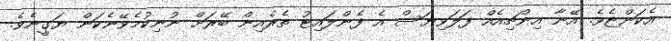
އެކަންޏެވެ. އޭނާ އިންޗިއެއް ފަލަވިޔަސް އެ ފެންލައިޓު ތެރެއިން ބޭރަށް ނުނިކުމެވޭނެކަން ޔަގީނެވެ.